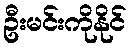
ဦးမင်းကိုနိုင်